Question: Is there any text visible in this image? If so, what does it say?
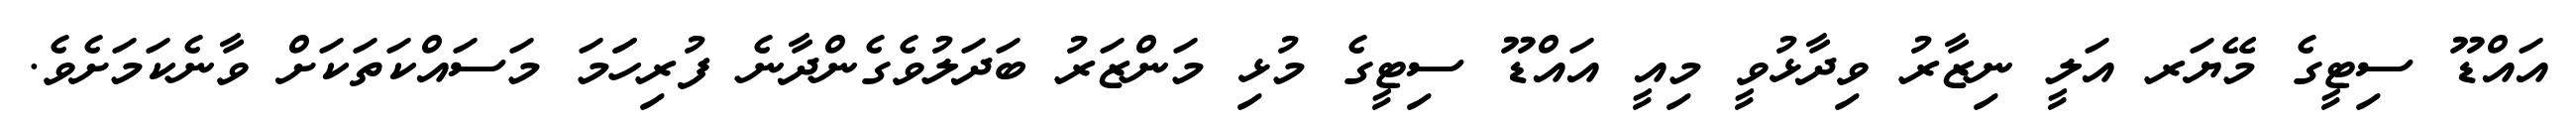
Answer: އައްޑޫ ސިޓީގެ މޭޔަރ އަލީ ނިޒާރު ވިދާޅުވީ މިއީ އައްޑޫ ސިޓީގެ މުޅި މަންޒަރު ބަދަލުވެގެންދާނެ ފުރިހަަމަ މަސައްކަތަކަށް ވާނެކަމަށެވެ.